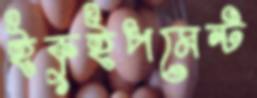
ইকুইপমেন্ট